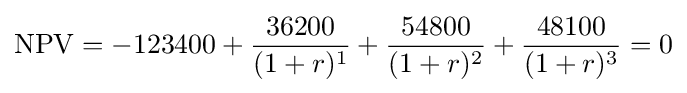
\operatorname {NPV} =-123400+{\frac {36200}{(1+r)^{1}}}+{\frac {54800}{(1+r)^{2}}}+{\frac {48100}{(1+r)^{3}}}=0